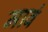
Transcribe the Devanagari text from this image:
मावं